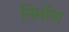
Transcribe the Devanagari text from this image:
निर्माण्‍ा